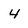
Character: 4